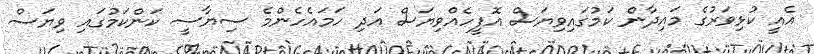
އެއީ ކުޅިވަރުގެ މައިދާން ކަމުގައިވިޔަސް އޮފީހެއްވިޔަސް އަދި ހަމައެހެންމެ ސިޔާސީ ކަންކަމުގައި ވިޔަސް